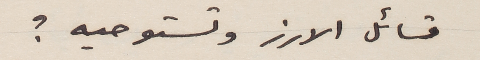
تسائل الارز وتستوحيه؟